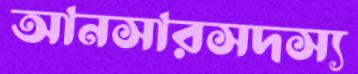
আনসারসদস্য